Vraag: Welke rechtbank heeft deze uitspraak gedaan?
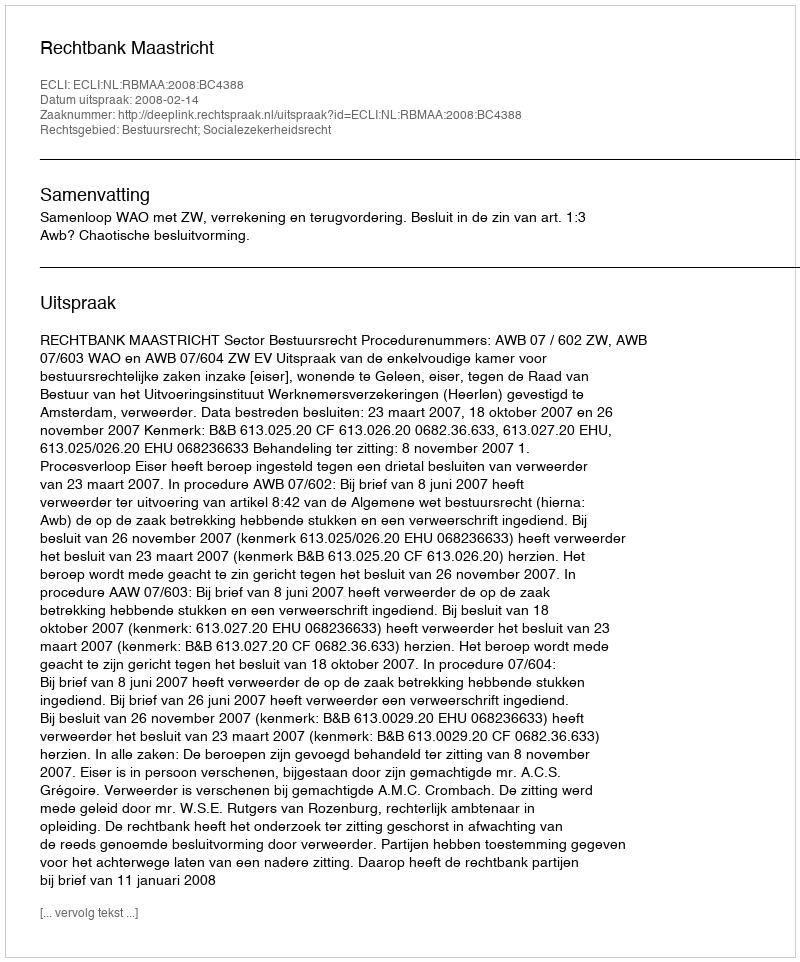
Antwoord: Rechtbank Maastricht